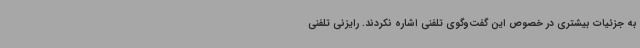
به جزئیات بیشتری در خصوص این گفت‌وگوی تلفنی اشاره نکردند. رایزنی تلفنی